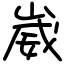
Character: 崴